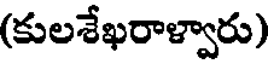
(కులశేఖరాళ్వారు)